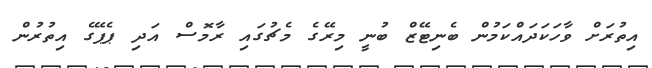
އިތުރަށް ވާހަކަދައްކަމުން ބެނިޓޭޒް ބުނީ މިރޭގެ މެޗުގައި ރާމޮސް އަދި ޕެޕޭގެ އިތުރުން